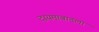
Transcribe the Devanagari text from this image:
दायमाबादला